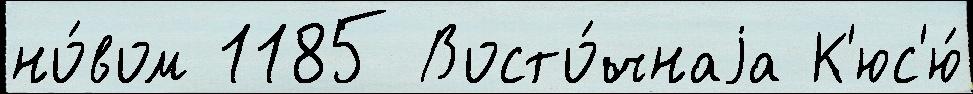
но́вом 1185 Восто́чнаjа К'юс'ю́